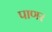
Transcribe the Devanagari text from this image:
पाणर